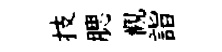
技腮觀詣